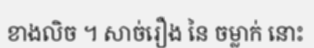
ខាងលិច ។ សាច់រឿង នៃ ចម្លាក់ នោះ